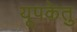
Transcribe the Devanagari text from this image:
यूपकेतु